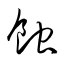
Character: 蝕